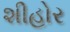
શીહોર